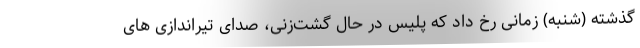
گذشته (شنبه) زمانی رخ داد که پلیس در حال گشت‌زنی، صدای تیراندازی های